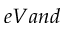
e V a n d